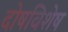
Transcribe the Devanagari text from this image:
दोषविशेष